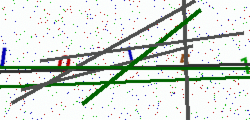
Text: I0151